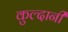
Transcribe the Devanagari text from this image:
कुल्दानी